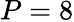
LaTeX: P=8